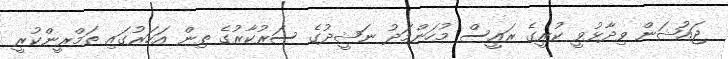
ޖައުޝަން ވިދާޅުވީ ކުރީގެ ރައީސް މުހަންމަދު ނަޝީދުގެ ސަރުކާރުގެ ތިން އަހަރުގައި ތަމްރީންކުރީ